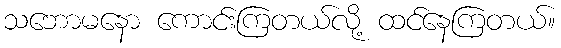
သဘောမနော ကောင်းကြတယ်လို့ ထင်နေကြတယ်။